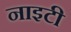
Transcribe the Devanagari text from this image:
नाइटी